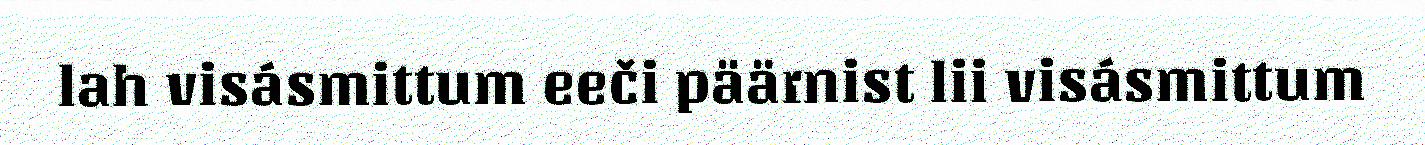
lah visásmittum eeči päärnist lii visásmittum